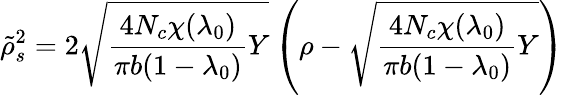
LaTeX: \tilde{\rho}_{s}^{2}=2{\sqrt{{\frac{4N_{c}\chi(\lambda_{0})}{\pi b(1-\lambda_{0})}}Y}}\left(\rho-{\sqrt{{\frac{4N_{c}\chi(\lambda_{0})}{\pi b(1-\lambda_{0})}}Y}}\right)